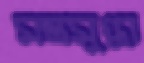
মন্ত্রমুগ্ধা